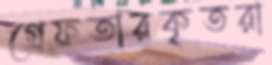
গ্রেফতারকৃতরা